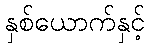
နှစ်ယောက်နှင့်